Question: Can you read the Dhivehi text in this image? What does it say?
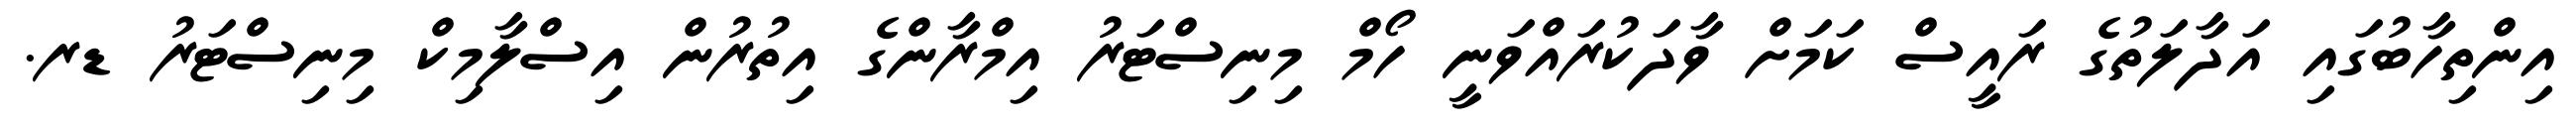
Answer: އިންތިހާބުގައި އަދާލަތުގެ ރައީސް ކަމަށް ވާދަކުރައްވަނީ ހޯމް މިނިސްޓަރު އިމްރާންގެ އިތުރުން އިސްލާމިކް މިނިސްޓަރު ޑރ.